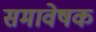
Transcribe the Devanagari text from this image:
समावेषक